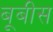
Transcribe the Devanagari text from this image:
बूबीस